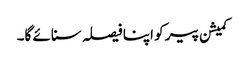
کمیشن پیر کو اپنا فیصلہ سنائے گا۔